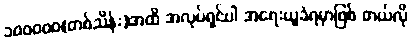
၁၀၀၀၀၀(တစ်သိန်း)အထိ အလုပ်ရှင်ပါ အရေးယူခံရမှာဖြစ် တယ်လို